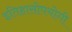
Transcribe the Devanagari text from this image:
इतिहासोपयोगी